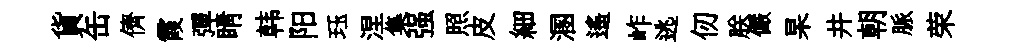
貨缶儕霞彈睛韩阳珏涅集强照皮細溷遙岞逃仞朕儼杲井朝脈荣